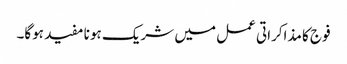
فوج کا مذاکراتی عمل میں شریک ہونا مفید ہوگا۔